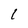
Character: 1